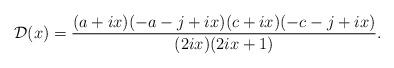
LaTeX: \begin{align*} \mathcal{D}(x)=\frac{(a+ix)(-a-j+ix)(c+ix)(-c-j+ix)}{(2ix)(2ix+1)}. \end{align*}